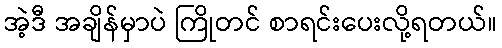
အဲ့ဒီ အချိန်မှာပဲ ကြိုတင် စာရင်းပေးလို့ရတယ်။